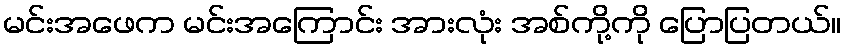
မင်းအဖေက မင်းအကြောင်း အားလုံး အစ်ကို့ကို ပြောပြတယ်။